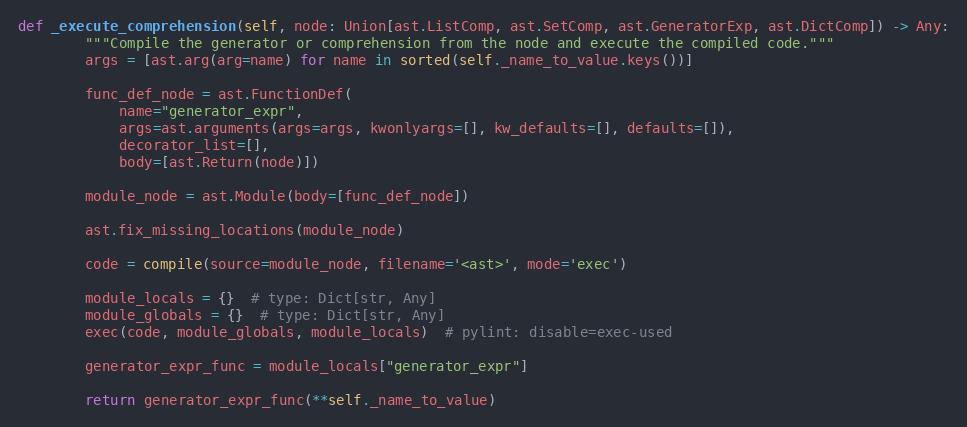
Language: Python
def _execute_comprehension(self, node: Union[ast.ListComp, ast.SetComp, ast.GeneratorExp, ast.DictComp]) -> Any:
        """Compile the generator or comprehension from the node and execute the compiled code."""
        args = [ast.arg(arg=name) for name in sorted(self._name_to_value.keys())]

        func_def_node = ast.FunctionDef(
            name="generator_expr",
            args=ast.arguments(args=args, kwonlyargs=[], kw_defaults=[], defaults=[]),
            decorator_list=[],
            body=[ast.Return(node)])

        module_node = ast.Module(body=[func_def_node])

        ast.fix_missing_locations(module_node)

        code = compile(source=module_node, filename='<ast>', mode='exec')

        module_locals = {}  # type: Dict[str, Any]
        module_globals = {}  # type: Dict[str, Any]
        exec(code, module_globals, module_locals)  # pylint: disable=exec-used

        generator_expr_func = module_locals["generator_expr"]

        return generator_expr_func(**self._name_to_value)